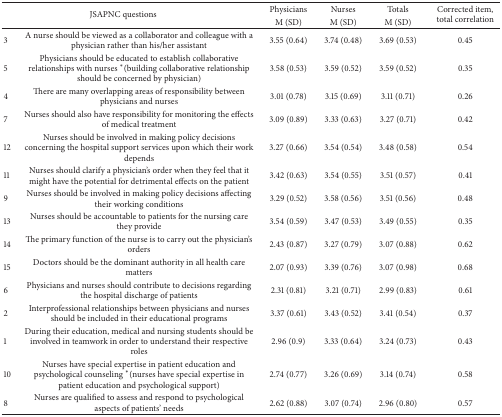
<table><thead><tr><td rowspan="2" colspan="2"><b>JSAPNC questions</b></td><td><b>Physicians</b></td><td><b>Nurses</b></td><td><b>Totals</b></td><td rowspan="2"><b>Corrected item, total correlation</b></td></tr><tr><td><b>M (SD)</b></td><td><b>M (SD)</b></td><td><b>M (SD)</b></td></tr></thead><tbody><tr><td>3</td><td>A nurse should be viewed as a collaborator and colleague with a physician rather than his/her assistant</td><td>3.55 (0.64)</td><td>3.74 (0.48)</td><td>3.69 (0.53)</td><td>0.45</td></tr><tr><td>5</td><td>Physicians should be educated to establish collaborative relationships with nurses <sup><i>∗</i></sup>(building collaborative relationship should be concerned by physician)</td><td>3.58 (0.53)</td><td>3.59 (0.52)</td><td>3.59 (0.52)</td><td>0.35</td></tr><tr><td>4</td><td>There are many overlapping areas of responsibility between physicians and nurses</td><td>3.01 (0.78)</td><td>3.15 (0.69)</td><td>3.11 (0.71)</td><td>0.26</td></tr><tr><td>7</td><td>Nurses should also have responsibility for monitoring the effects of medical treatment</td><td>3.09 (0.89)</td><td>3.33 (0.63)</td><td>3.27 (0.71)</td><td>0.42</td></tr><tr><td>12</td><td>Nurses should be involved in making policy decisions concerning the hospital support services upon which their work depends</td><td>3.27 (0.66)</td><td>3.54 (0.54)</td><td>3.48 (0.58)</td><td>0.54</td></tr><tr><td>11</td><td>Nurses should clarify a physician&#x27;s order when they feel that it might have the potential for detrimental effects on the patient</td><td>3.42 (0.63)</td><td>3.54 (0.55)</td><td>3.51 (0.57)</td><td>0.41</td></tr><tr><td>9</td><td>Nurses should be involved in making policy decisions affecting their working conditions</td><td>3.29 (0.52)</td><td>3.58 (0.56)</td><td>3.51 (0.56)</td><td>0.48</td></tr><tr><td>13</td><td>Nurses should be accountable to patients for the nursing care they provide</td><td>3.54 (0.59)</td><td>3.47 (0.53)</td><td>3.49 (0.55)</td><td>0.35</td></tr><tr><td>14</td><td>The primary function of the nurse is to carry out the physician&#x27;s orders</td><td>2.43 (0.87)</td><td>3.27 (0.79)</td><td>3.07 (0.88)</td><td>0.62</td></tr><tr><td>15</td><td>Doctors should be the dominant authority in all health care matters</td><td>2.07 (0.93)</td><td>3.39 (0.76)</td><td>3.07 (0.98)</td><td>0.68</td></tr><tr><td>6</td><td>Physicians and nurses should contribute to decisions regarding the hospital discharge of patients</td><td>2.31 (0.81)</td><td>3.21 (0.71)</td><td>2.99 (0.83)</td><td>0.61</td></tr><tr><td>2</td><td>Interprofessional relationships between physicians and nurses should be included in their educational programs</td><td>3.37 (0.61)</td><td>3.43 (0.52)</td><td>3.41 (0.54)</td><td>0.37</td></tr><tr><td>1</td><td>During their education, medical and nursing students should be involved in teamwork in order to understand their respective roles</td><td>2.96 (0.9)</td><td>3.33 (0.64)</td><td>3.24 (0.73)</td><td>0.43</td></tr><tr><td>10</td><td>Nurses have special expertise in patient education and psychological counseling <sup><i>∗</i></sup>(nurses have special expertise in patient education and psychological support)</td><td>2.74 (0.77)</td><td>3.26 (0.69)</td><td>3.14 (0.74)</td><td>0.58</td></tr><tr><td>8</td><td>Nurses are qualified to assess and respond to psychological aspects of patients&#x27; needs</td><td>2.62 (0.88)</td><td>3.07 (0.74)</td><td>2.96 (0.80)</td><td>0.57</td></tr></tbody></table>